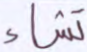
تشاء